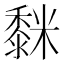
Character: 𮮒